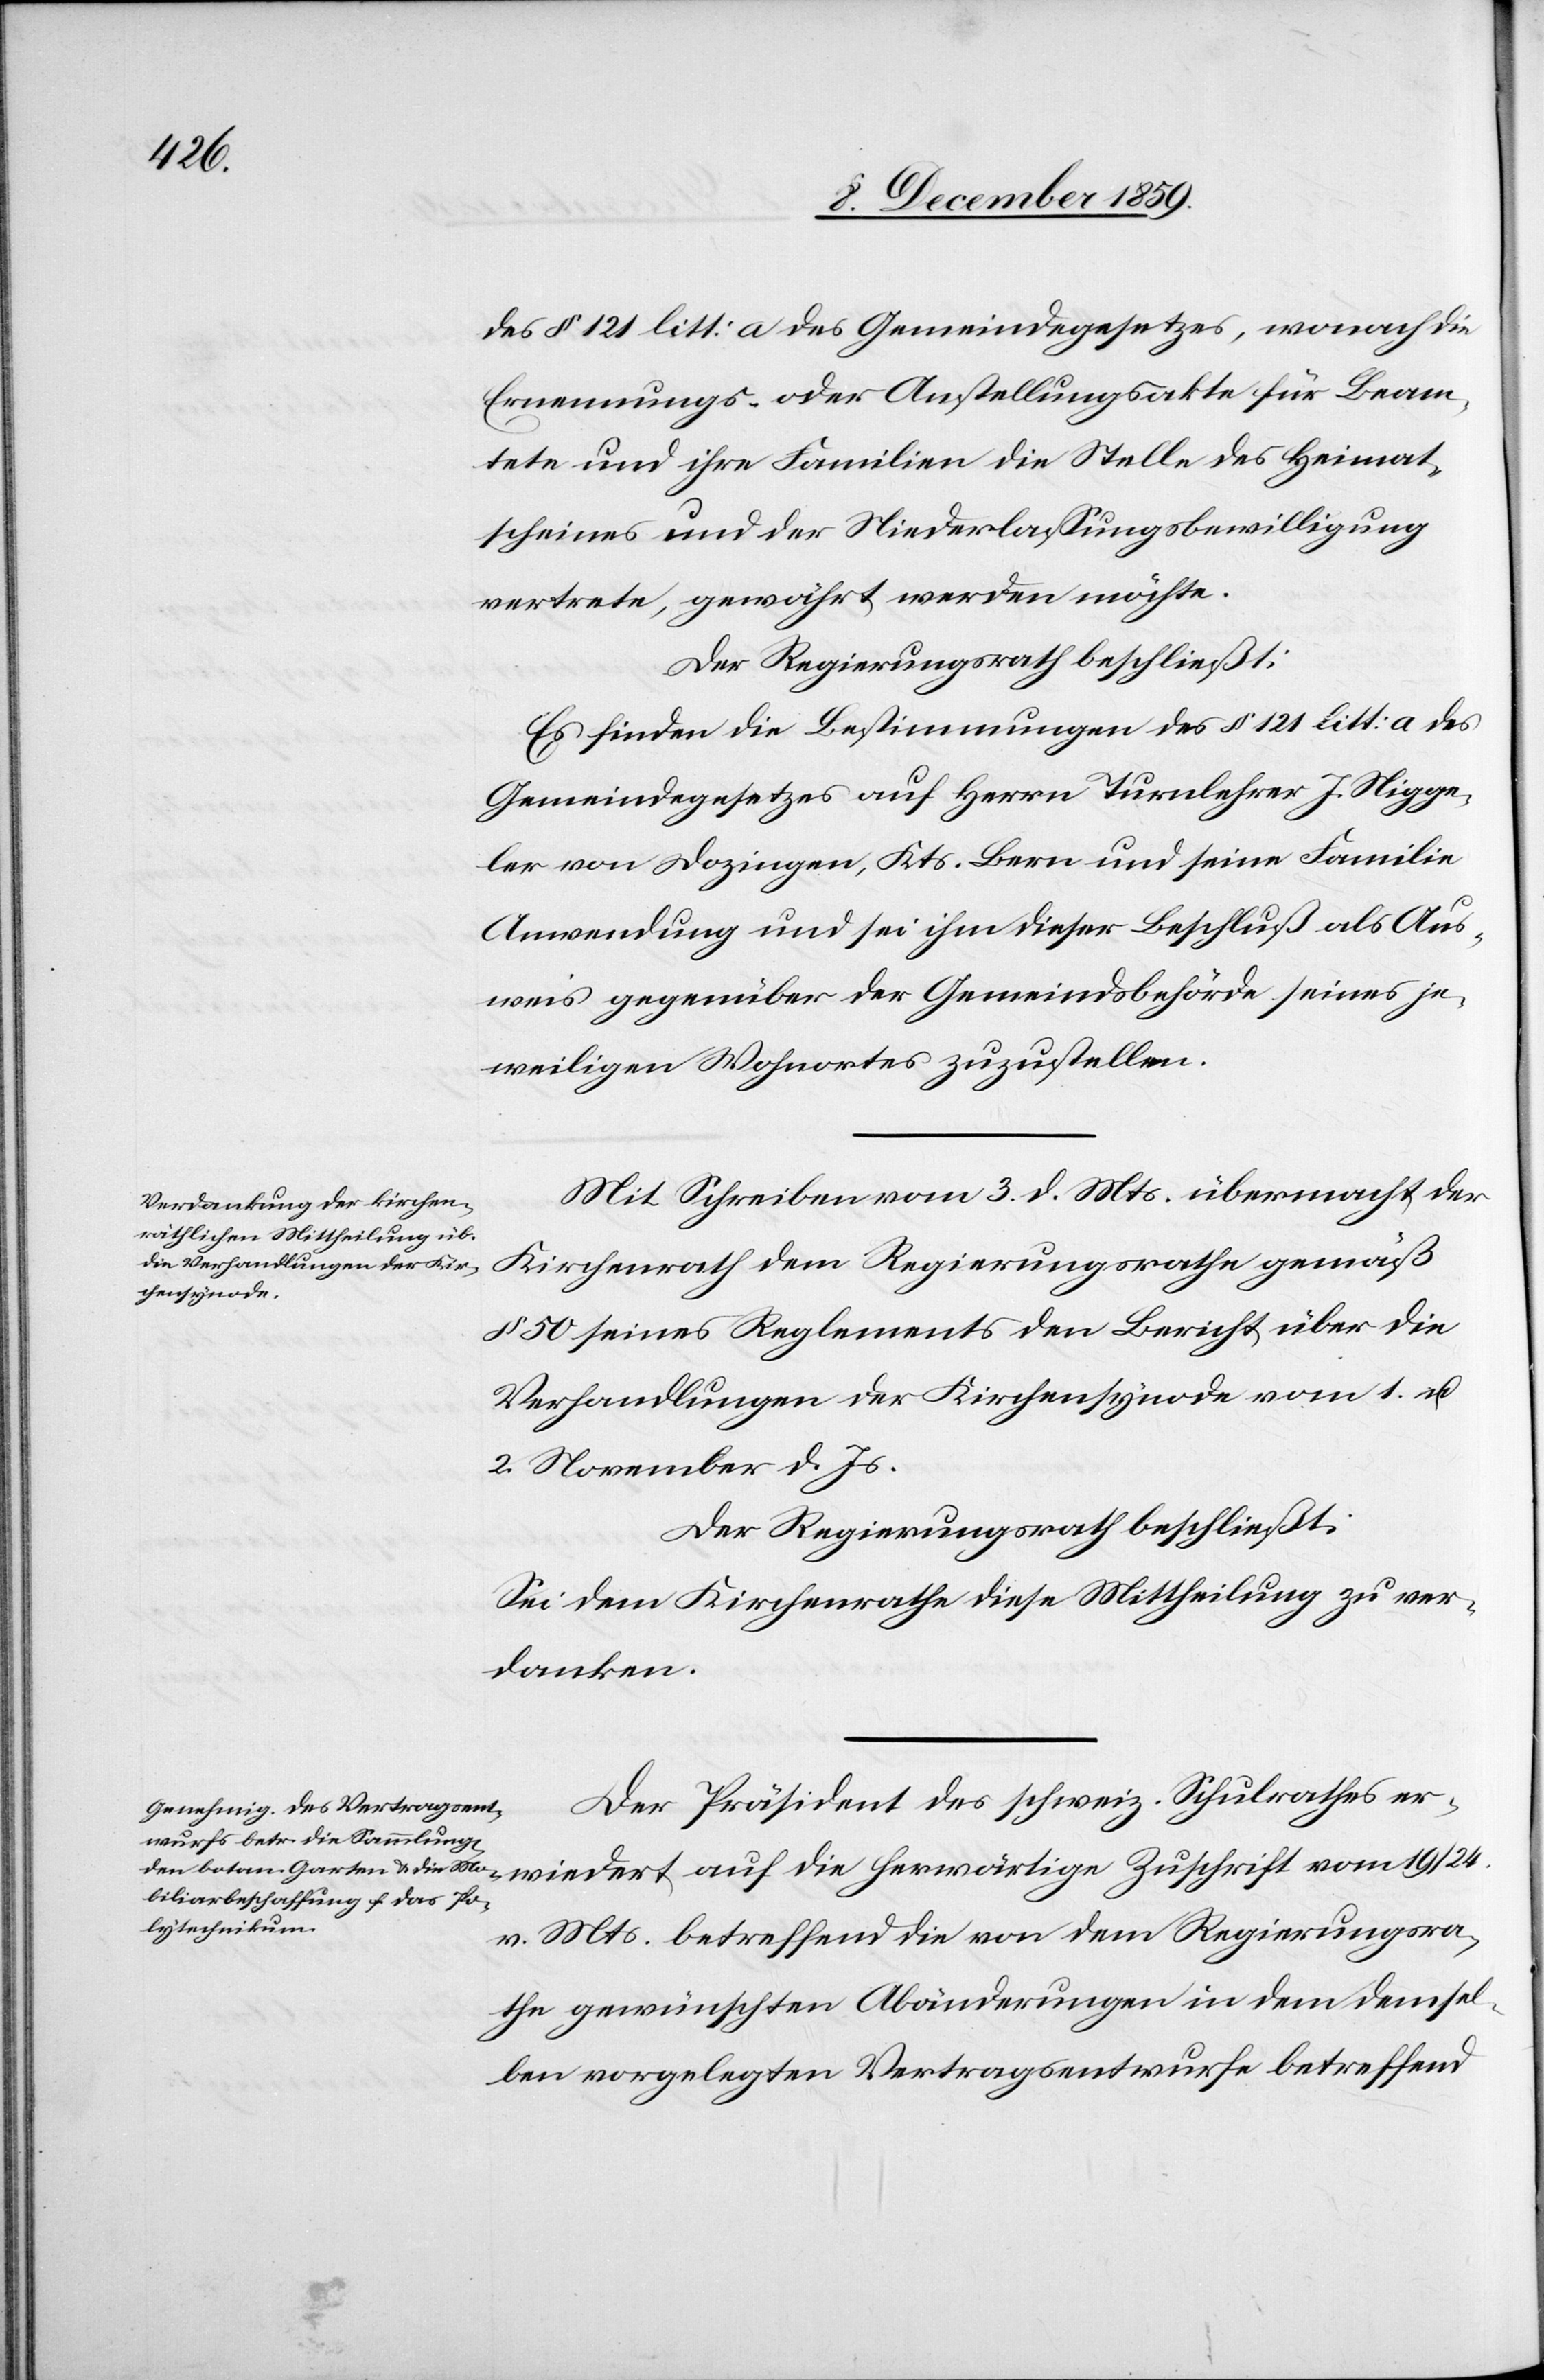
19/24.

des § 121 litt: a des Gemeindegesetzes, wonach die
Ernennungs- oder Anstellungsakte für Beam¬
tete und ihre Familien die Stelle des Heimat¬
scheines und der Niederlassungsbewilligung
vertrete, gewährt werden möchte.
Der Regierungsrath beschließt:
Es finden die Bestimmungen des § 121 litt: a des
Gemeindegesetzes auf Herrn Turnlehrer J. Nigge¬
ler von Dozingen, Kts. Bern und seine Familie
Anwendung und sei ihm dieser Beschluß als Aus¬
weis gegenüber der Gemeindsbehörde seines je¬
weiligen Wohnortes zuzustellen.
Mit Schreiben vom 3. d. Mts. übermacht der
die herwärtige Zuschrift
Kirchenrath dem Regierungsrathe gemäß
§ 50 seines Reglements den Bericht über die
Verhandlungen der Kirchensynode vom 1. u.
2. November d. Js.
Der Regierungsrath beschließt:
Sei dem Kirchenrathe diese Mittheilung zu ver¬
danken.
Der Präsident des schweiz. Schulrathes er¬
v. Mts. betreffend die von dem Regierungsra¬
the gewünschte Abänderung in dem demsel¬
ben vorgelegten Vertragsentwurfe betreffend